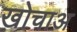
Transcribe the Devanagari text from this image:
खोचाअ